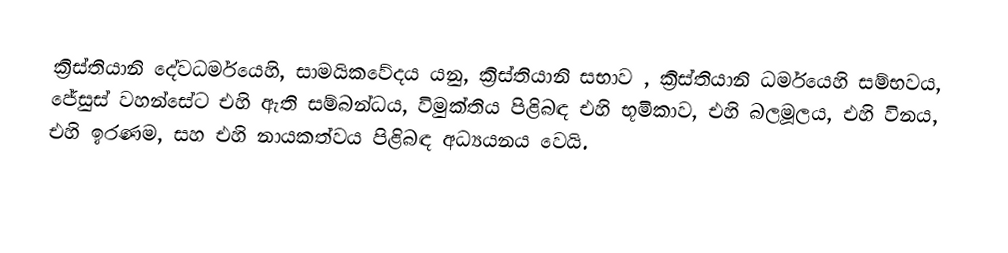
ක්‍රිස්තියානි දේවධර්මයෙහි, සාමයිකවේදය යනු, ක්‍රිස්තියානි සභාව , ක්‍රිස්තියානි ධර්මයෙහි සම්භවය, ජේසුස් වහන්සේට එහි ඇති සම්බන්ධය, විමුක්තිය පිළිබඳ එහි භූමිකාව, එහි බලමූලය, එහි විනය, එහි ඉරණම, සහ එහි නායකත්වය පිළිබඳ අධ්‍යයනය වෙයි.